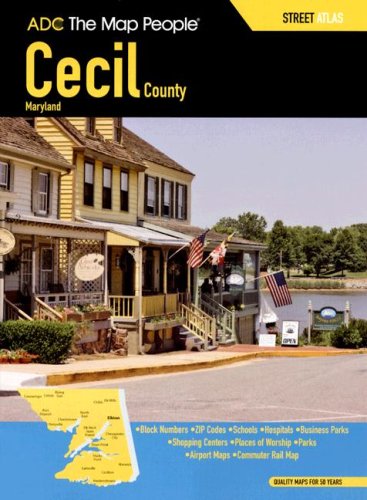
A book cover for ADC  The Map People Cecil County, Maryland; Not Available (Na) ADC the Map People; Travel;